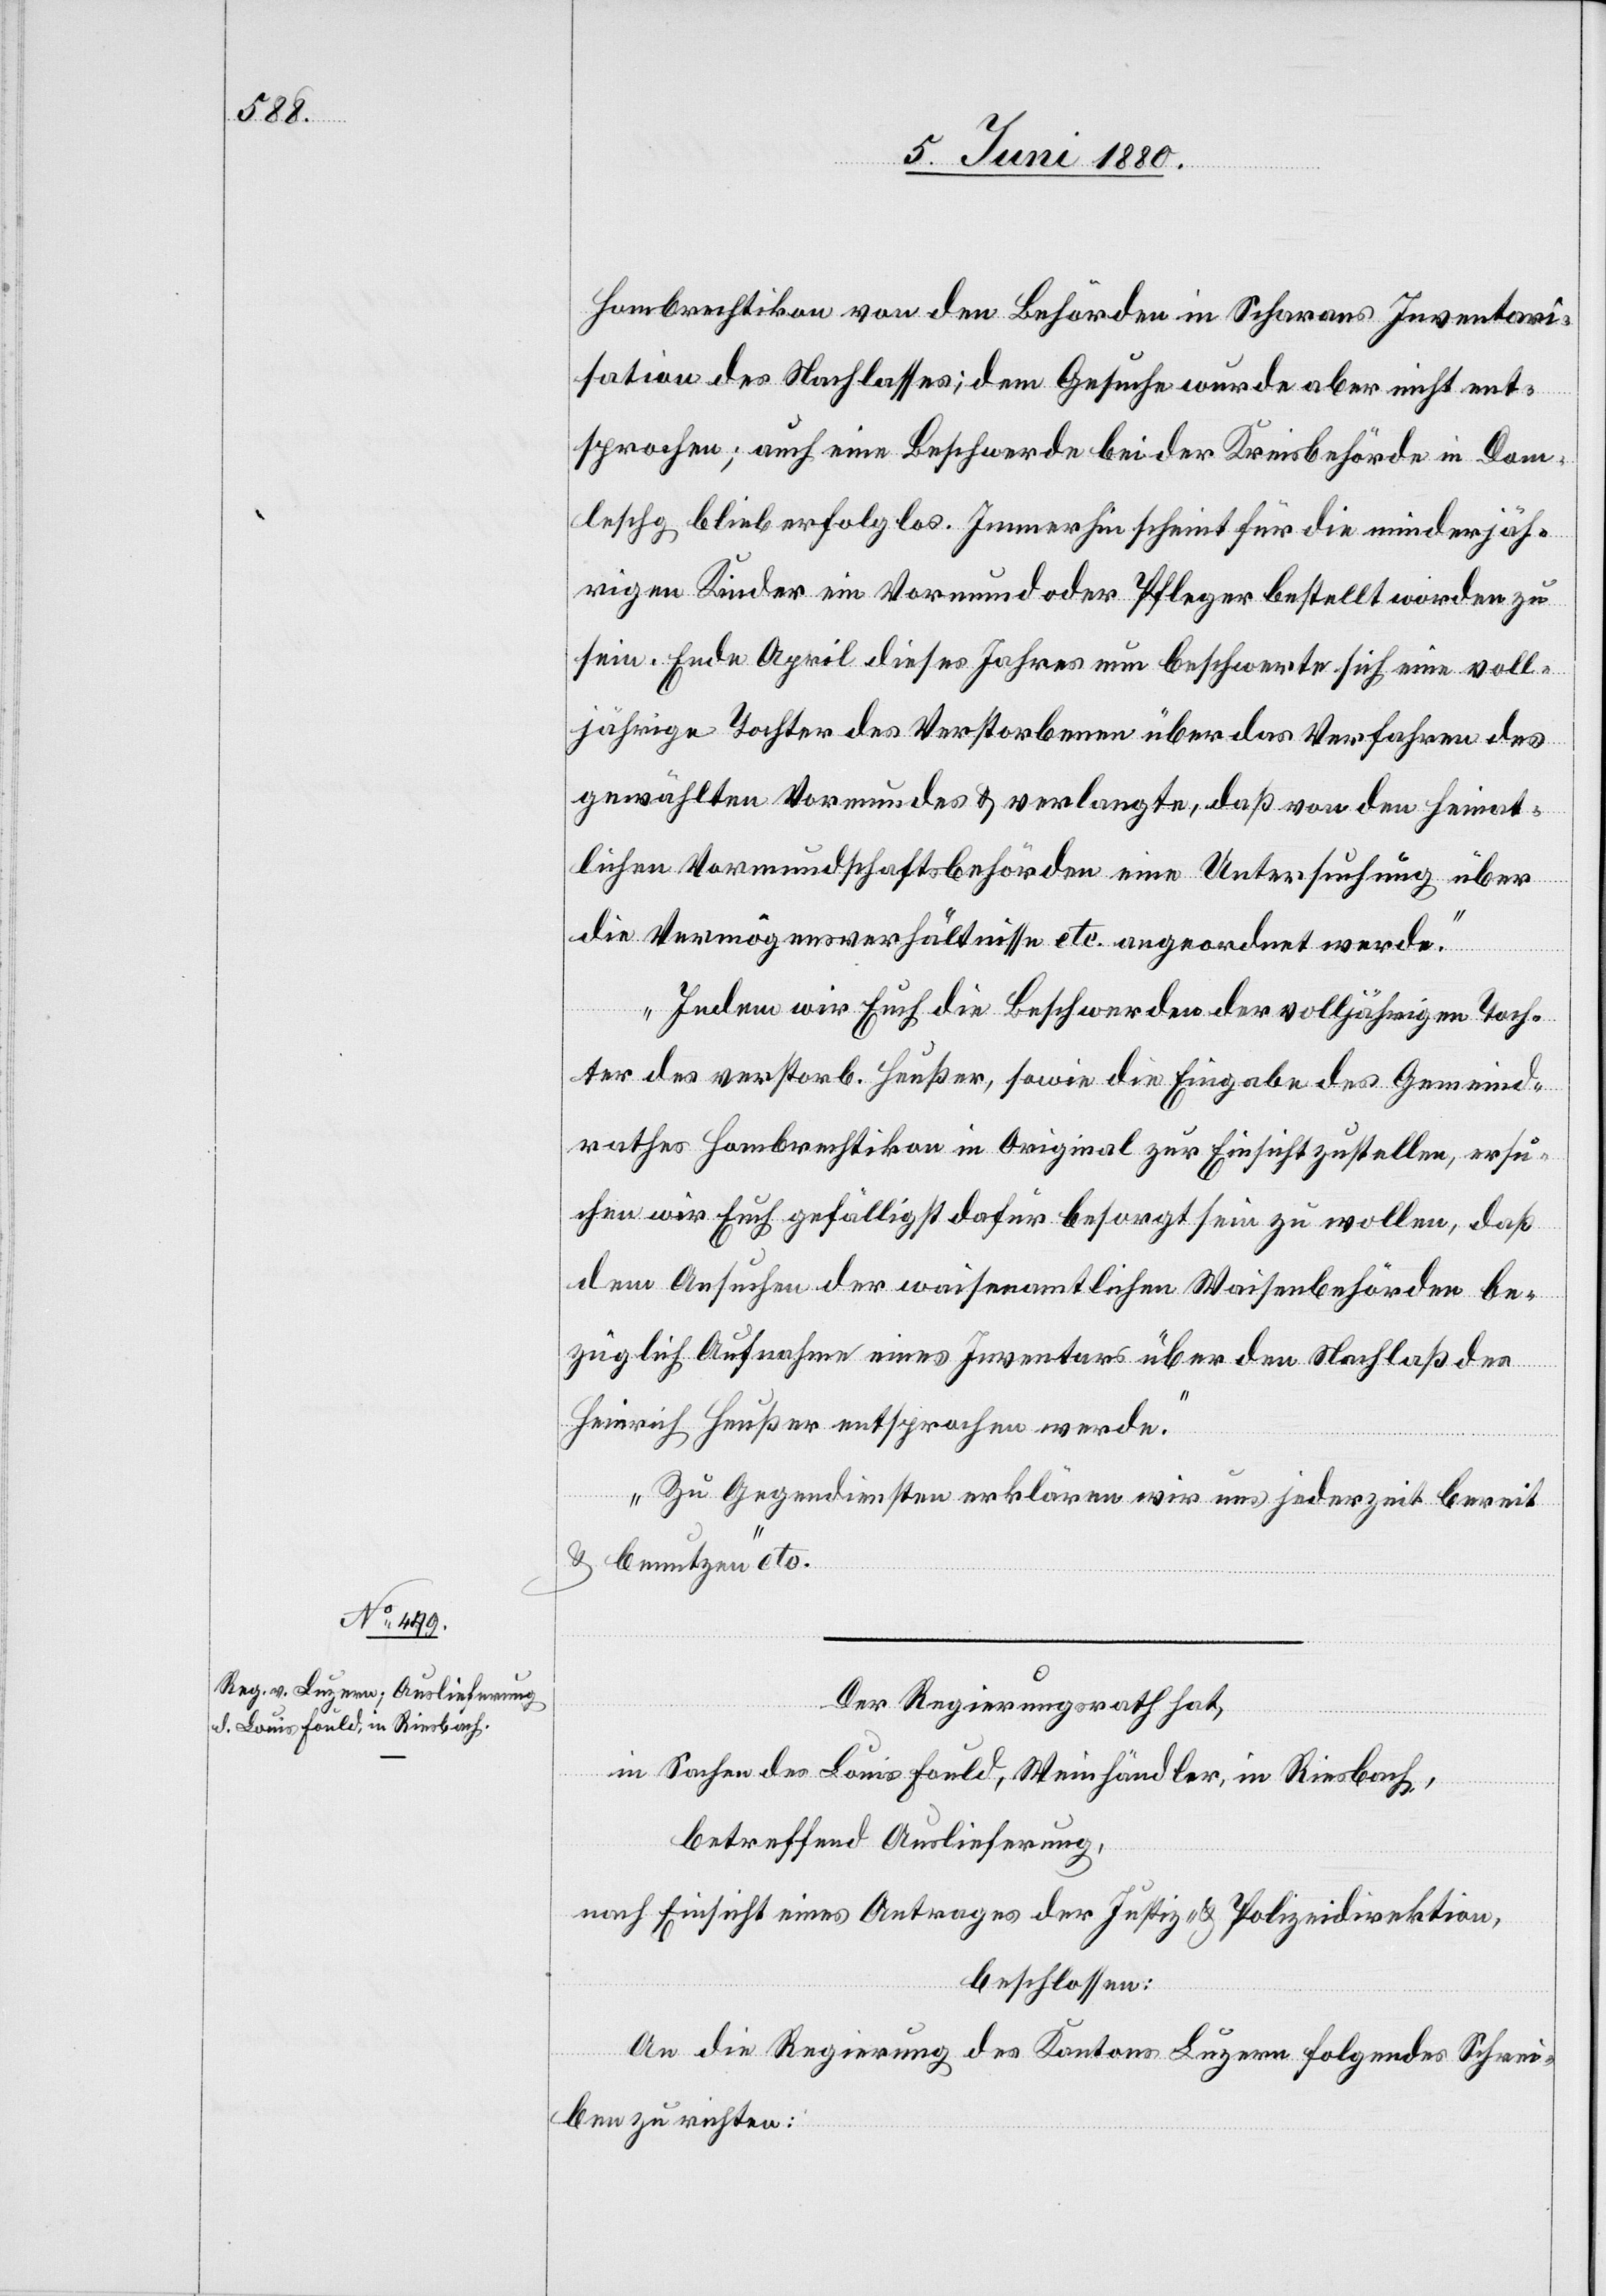
Hombrechtikon von den Behörden in Scharans Inventari¬
sation des Nachlasses; dem Gesuche wurde aber nicht ent¬
sprochen; auch eine Beschwerde bei der Kreisbehörde in Dom¬
leschg blieb erfolglos. Immerhin scheint für die minderjäh¬
rigen Kinder ein Vormund oder Pfleger bestellt worden zu
sein. Ende April dieses Jahres nun beschwerte sich eine voll¬
jährige Tochter des Verstorbenen über das Verfahren des
gewählten Vormundes & verlangte, daß von den heimat¬
lichen Vormundschaftsbehörden eine Untersuchung über
die Vermögensverhältnisse etc. angeordnet werde.
Indem wir Euch die Beschwerde der volljährigen Toch¬
ter des verstorb. Heußer, sowie die Eingabe des Gemeind¬
rathes Hombrechtikon in Original zur Einsicht zustellen, ersu¬
chen wir Euch gefälligst dafür besorgt sein zu wollen, daß
dem Ansuchen der waisenamtlichen Waisenbehörden be¬
züglich Aufnahme eines Inventars über den Nachlaß des
Heinrich Heußer entsprochen werde.
Zu Gegendiensten erklären wir uns jederzeit bereit
& benutzen“ etc.
Der Regierungsrath hat,
in Sachen des Louis Fould, Weinhändler, in Riesbach,
betreffend Auslieferung,
nach Einsicht eines Antrages der Justiz- & Polizeidirektion,
beschlossen:
An die Regierung des Kantons Luzern folgendes Schrei¬
ben zu richten: